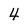
Character: 4